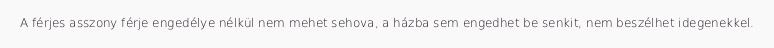
A férjes asszony férje engedélye nélkül nem mehet sehova, a házba sem engedhet be senkit, nem beszélhet idegenekkel.